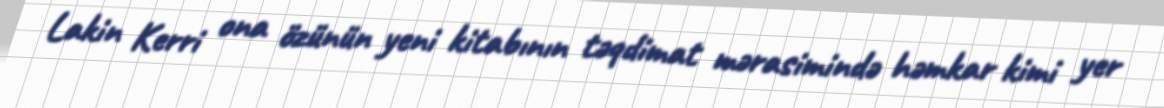
Lakin Kerri ona özünün yeni kitabının təqdimat mərasimində həmkar kimi yer